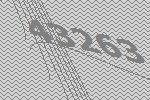
43263